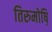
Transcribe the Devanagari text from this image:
तिरुमोष़ि